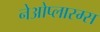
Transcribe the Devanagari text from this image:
नेओप्लास्म्स